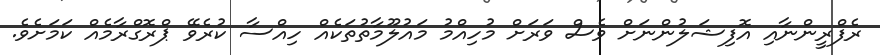
ރެފްރީންނާއި އޮފިޝަލުންނަށް ވެސް ވަރަށް މުހިއްމު މައުލޫމާތުތަކެއް ހިއްސާ ކުރެވޭ ޕްރޮގްރާމެއް ކަމަށެވެ.